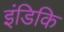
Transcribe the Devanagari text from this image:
इंडिकि